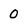
Character: 0